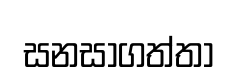
සනසාගත්තා